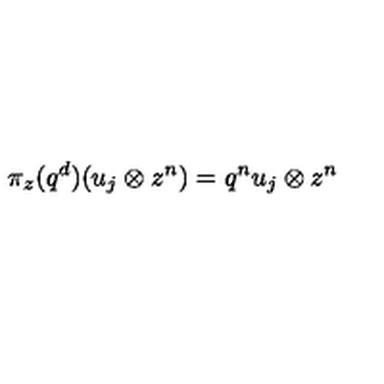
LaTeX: \pi _ { z } ( q ^ { d } ) ( u _ { j } \otimes z ^ { n } ) = q ^ { n } u _ { j } \otimes z ^ { n }